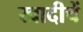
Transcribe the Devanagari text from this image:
खादीचें